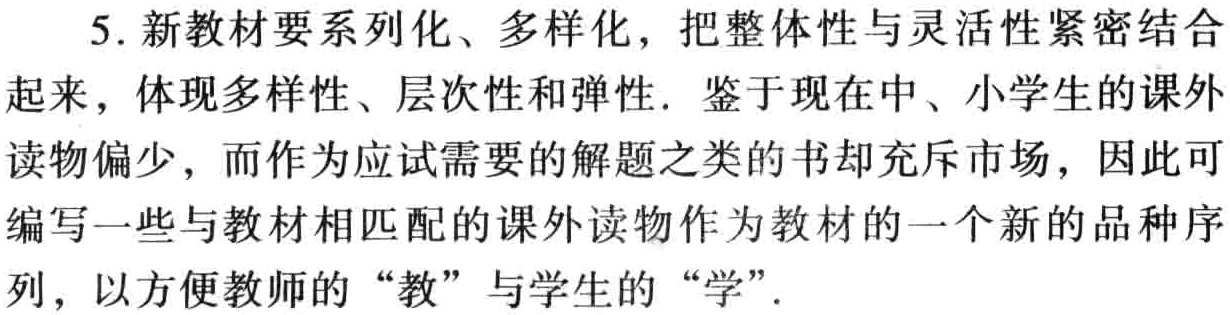
5. 新教材要系列化、多样化，把整体性与灵活性紧密结合起来，体现多样性、层次性和弹性. 鉴于现在中、小学生的课外读物偏少，而作为应试需要的解题之类的书却充斥市场，因此可编写一些与教材相匹配的课外读物作为教材的一个新的品种序列，以方便教师的“教”与学生的“学”.